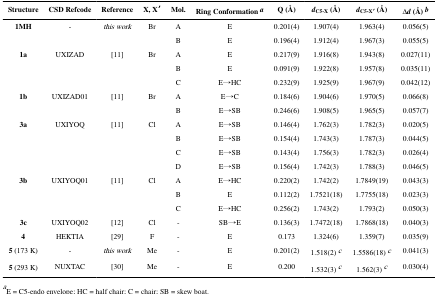
<table><thead><tr><td><b>Structure</b></td><td><b>CSD Refcode</b></td><td><b>Reference</b></td><td><b>X, X′</b></td><td><b>Mol.</b></td><td><b>Ring Conformation a</b></td><td><b>Q (Å)</b></td><td><b><i>d</i><sub>C5-X</sub> (Å)</b></td><td><b><i>d</i><sub>C5-X′</sub> (Å)</b></td><td><b>Δ<i>d</i> (Å) b</b></td></tr></thead><tbody><tr><td><b>1MH</b></td><td>-</td><td><i>this work</i></td><td>Br</td><td>A</td><td>E</td><td>0.201(4)</td><td>1.907(4)</td><td>1.963(4)</td><td>0.056(5)</td></tr><tr><td></td><td></td><td></td><td></td><td>B</td><td>E</td><td>0.196(4)</td><td>1.912(4)</td><td>1.967(3)</td><td>0.055(5)</td></tr><tr><td><b>1a</b></td><td>UXIZAD</td><td>[11]</td><td>Br</td><td>A</td><td>E</td><td>0.217(9)</td><td>1.916(8)</td><td>1.943(8)</td><td>0.027(11)</td></tr><tr><td></td><td></td><td></td><td></td><td>B</td><td>E</td><td>0.091(9)</td><td>1.922(8)</td><td>1.957(8)</td><td>0.035(11)</td></tr><tr><td></td><td></td><td></td><td></td><td>C</td><td>E→HC</td><td>0.232(9)</td><td>1.925(9)</td><td>1.967(9)</td><td>0.042(12)</td></tr><tr><td><b>1b</b></td><td>UXIZAD01</td><td>[11]</td><td>Br</td><td>A</td><td>E→C</td><td>0.184(6)</td><td>1.904(6)</td><td>1.970(5)</td><td>0.066(8)</td></tr><tr><td></td><td></td><td></td><td></td><td>B</td><td>E→SB</td><td>0.246(6)</td><td>1.908(5)</td><td>1.965(5)</td><td>0.057(7)</td></tr><tr><td><b>3a</b></td><td>UXIYOQ</td><td>[11]</td><td>Cl</td><td>A</td><td>E→SB</td><td>0.146(4)</td><td>1.762(3)</td><td>1.782(3)</td><td>0.020(5)</td></tr><tr><td></td><td></td><td></td><td></td><td>B</td><td>E→SB</td><td>0.154(4)</td><td>1.743(3)</td><td>1.787(3)</td><td>0.044(5)</td></tr><tr><td></td><td></td><td></td><td></td><td>C</td><td>E→SB</td><td>0.143(4)</td><td>1.756(3)</td><td>1.782(3)</td><td>0.026(4)</td></tr><tr><td></td><td></td><td></td><td></td><td>D</td><td>E→SB</td><td>0.156(4)</td><td>1.742(3)</td><td>1.788(3)</td><td>0.046(5)</td></tr><tr><td><b>3b</b></td><td>UXIYOQ01</td><td>[11]</td><td>Cl</td><td>A</td><td>E→HC</td><td>0.220(2)</td><td>1.742(2)</td><td>1.7849(19)</td><td>0.043(3)</td></tr><tr><td></td><td></td><td></td><td></td><td>B</td><td>E</td><td>0.112(2)</td><td>1.7521(18)</td><td>1.7755(18)</td><td>0.023(3)</td></tr><tr><td></td><td></td><td></td><td></td><td>C</td><td>E→HC</td><td>0.256(2)</td><td>1.743(2)</td><td>1.793(2)</td><td>0.050(3)</td></tr><tr><td><b>3c</b></td><td>UXIYOQ02</td><td>[12]</td><td>Cl</td><td>-</td><td>SB→E</td><td>0.136(3)</td><td>1.7472(18)</td><td>1.7868(18)</td><td>0.040(3)</td></tr><tr><td><b>4</b></td><td>HEKTIA</td><td>[29]</td><td>F</td><td>-</td><td>E</td><td>0.173</td><td>1.324(6)</td><td>1.359(7)</td><td>0.035(9)</td></tr><tr><td><b>5</b> (173 K)</td><td>-</td><td><i>this work</i></td><td>Me</td><td>-</td><td>E</td><td>0.201(2)</td><td>1.518(2) c</td><td>1.5586(18) c</td><td>0.041(3)</td></tr><tr><td><b>5</b> (293 K)</td><td>NUXTAC</td><td>[30]</td><td>Me</td><td>-</td><td>E</td><td>0.200</td><td>1.532(3) c</td><td>1.562(3) c</td><td>0.030(4)</td></tr></tbody></table>